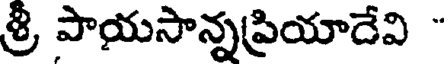
శ్రీ పాయసాన్నప్రియాదేవి "